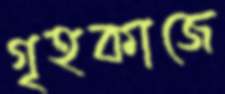
গৃহকাজে